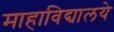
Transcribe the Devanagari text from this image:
माहाविद्यालये